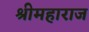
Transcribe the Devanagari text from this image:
श्रीमहाराज